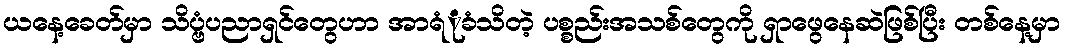
ယနေ့ခေတ်မှာ သိပ္ဗံပညာရှင်တွေဟာ အာရံုံခံသိတဲ့ ပစ္စည်းအသစ်တွေကို ရှာဖွေနေဆဲဖြစ်ပြီး တစ်နေ့မှာ